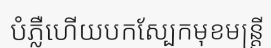
បំភ្លឺហើយបកស្បែកមុខមន្ត្រី